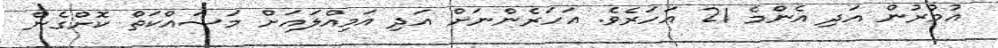
އުމުރުން އަދި އެންމެ 21 އަހަރެވެ. އަހަރެންނަށް އަދި އަމިއްލައަށް މަސައްކަތް ކޮށްގެން